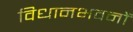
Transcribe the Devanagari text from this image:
विधानभवनों